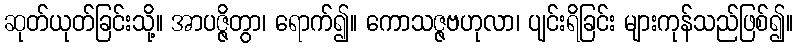
ဆုတ်ယုတ်ခြင်းသို့။ အာပဇ္ဇိတွာ၊ ရောက်၍။ ကောသဇ္ဇဗဟုလာ၊ ပျင်းရိခြင်း များကုန်သည်ဖြစ်၍။